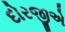
દોરજીએ